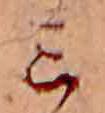
ミ